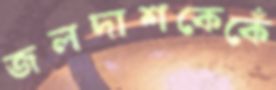
জলদাশকেকেঁ